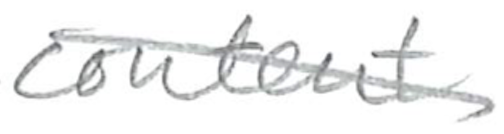
Text: content
Cross-out: diagonal
Writing tool: pencil